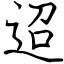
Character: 迢